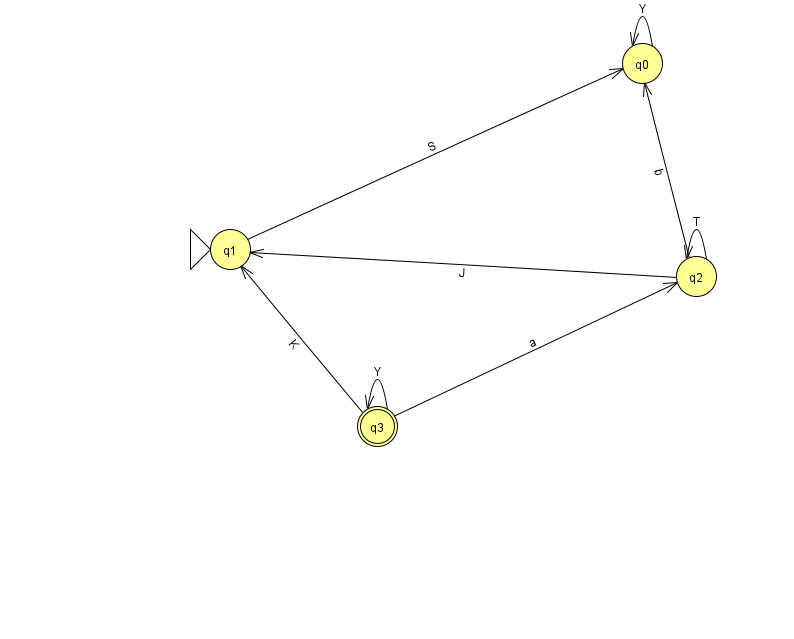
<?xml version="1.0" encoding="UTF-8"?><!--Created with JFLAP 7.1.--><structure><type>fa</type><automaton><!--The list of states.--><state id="0" name="q0"><x>642.0</x><y>50.0</y></state><state id="1" name="q1"><x>230.0</x><y>236.0</y><initial/></state><state id="2" name="q2"><x>696.0</x><y>263.0</y></state><state id="3" name="q3"><x>377.0</x><y>413.0</y><final/></state><!--The list of transitions.--><transition><from>2</from><to>1</to><read>J</read></transition><transition><from>3</from><to>1</to><read>K</read></transition><transition><from>3</from><to>2</to><read>a</read></transition><transition><from>2</from><to>2</to><read>T</read></transition><transition><from>1</from><to>0</to><read>S</read></transition><transition><from>0</from><to>0</to><read>Y</read></transition><transition><from>3</from><to>3</to><read>Y</read></transition><transition><from>2</from><to>0</to><read>b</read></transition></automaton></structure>